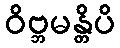
ဝိဗ္ဘမန္တိပိ